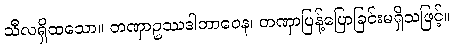
သီလရှိထသော။ တဏှာဥဿဒါဘာဝေန၊ တဏှာပြန့်ပြောခြင်းမရှိသဖြင့်။